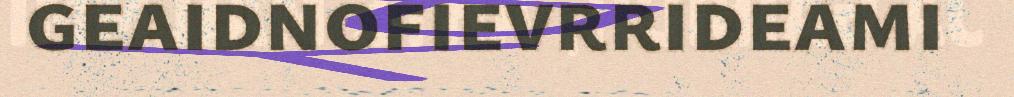
geaidnofievrrideami